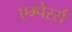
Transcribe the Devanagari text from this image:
एम्पेरर्स